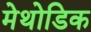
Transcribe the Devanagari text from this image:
मेथोडिक